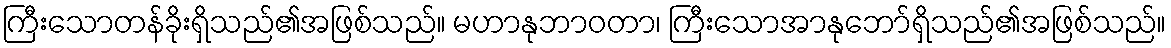
ကြီးသောတန်ခိုးရှိသည်၏အဖြစ်သည်။ မဟာနုဘာဝတာ၊ ကြီးသောအာနုဘော်ရှိသည်၏အဖြစ်သည်။